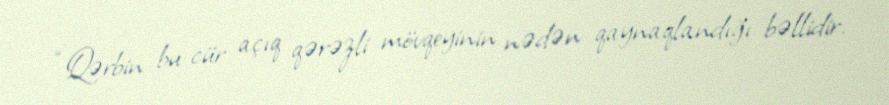
“Qərbin bu cür açıq qərəzli mövqeyinin nədən qaynaqlandığı bəllidir.